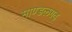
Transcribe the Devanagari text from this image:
माण्डलगढ़